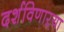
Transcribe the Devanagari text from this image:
दर्शविणाऱ्या